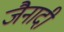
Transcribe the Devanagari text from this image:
जैनादी